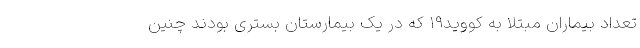
تعداد بیماران مبتلا به کووید۱۹ که در یک بیمارستان بستری بودند چنین